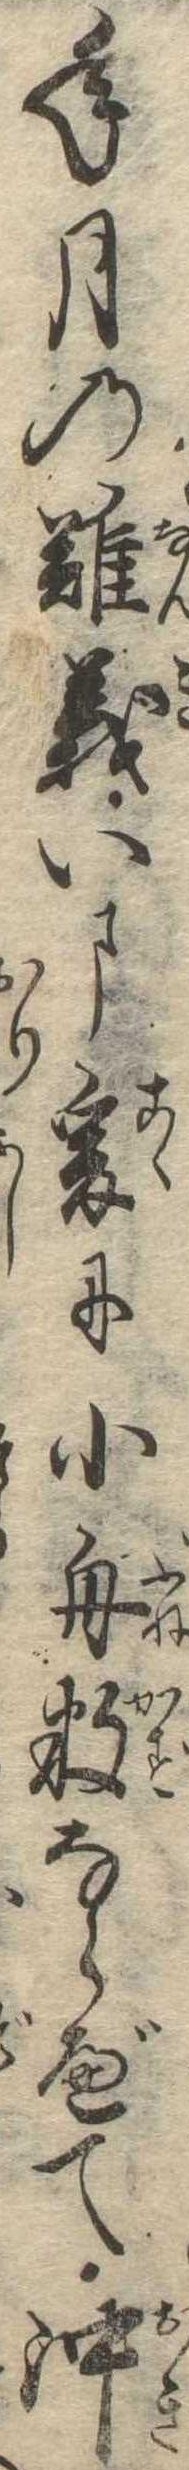
年月の難義いま爰に小舟数ならべて沖